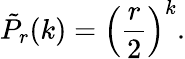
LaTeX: {\tilde{P}}_{r}(k)=\left({\frac{r}{2}}\right)^{k}.